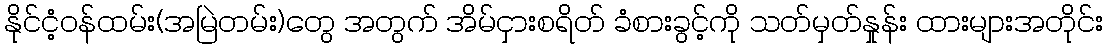
နိုင်ငံ့ဝန်ထမ်း(အမြဲတမ်း)တွေ အတွက် အိမ်ငှားစရိတ် ခံစားခွင့်ကို သတ်မှတ်နှုန်း ထားများအတိုင်း